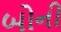
બોની